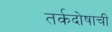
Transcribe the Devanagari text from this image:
तर्कदोषाची